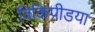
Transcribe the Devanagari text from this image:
विकिपीडया